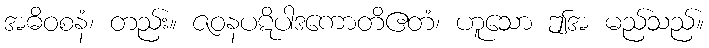
အဓိဝစနံ၊ တည်း။ ဇဝနပဋိပါဒကောတိဧတံ၊ ဟူသော ဤအ မည်သည်။